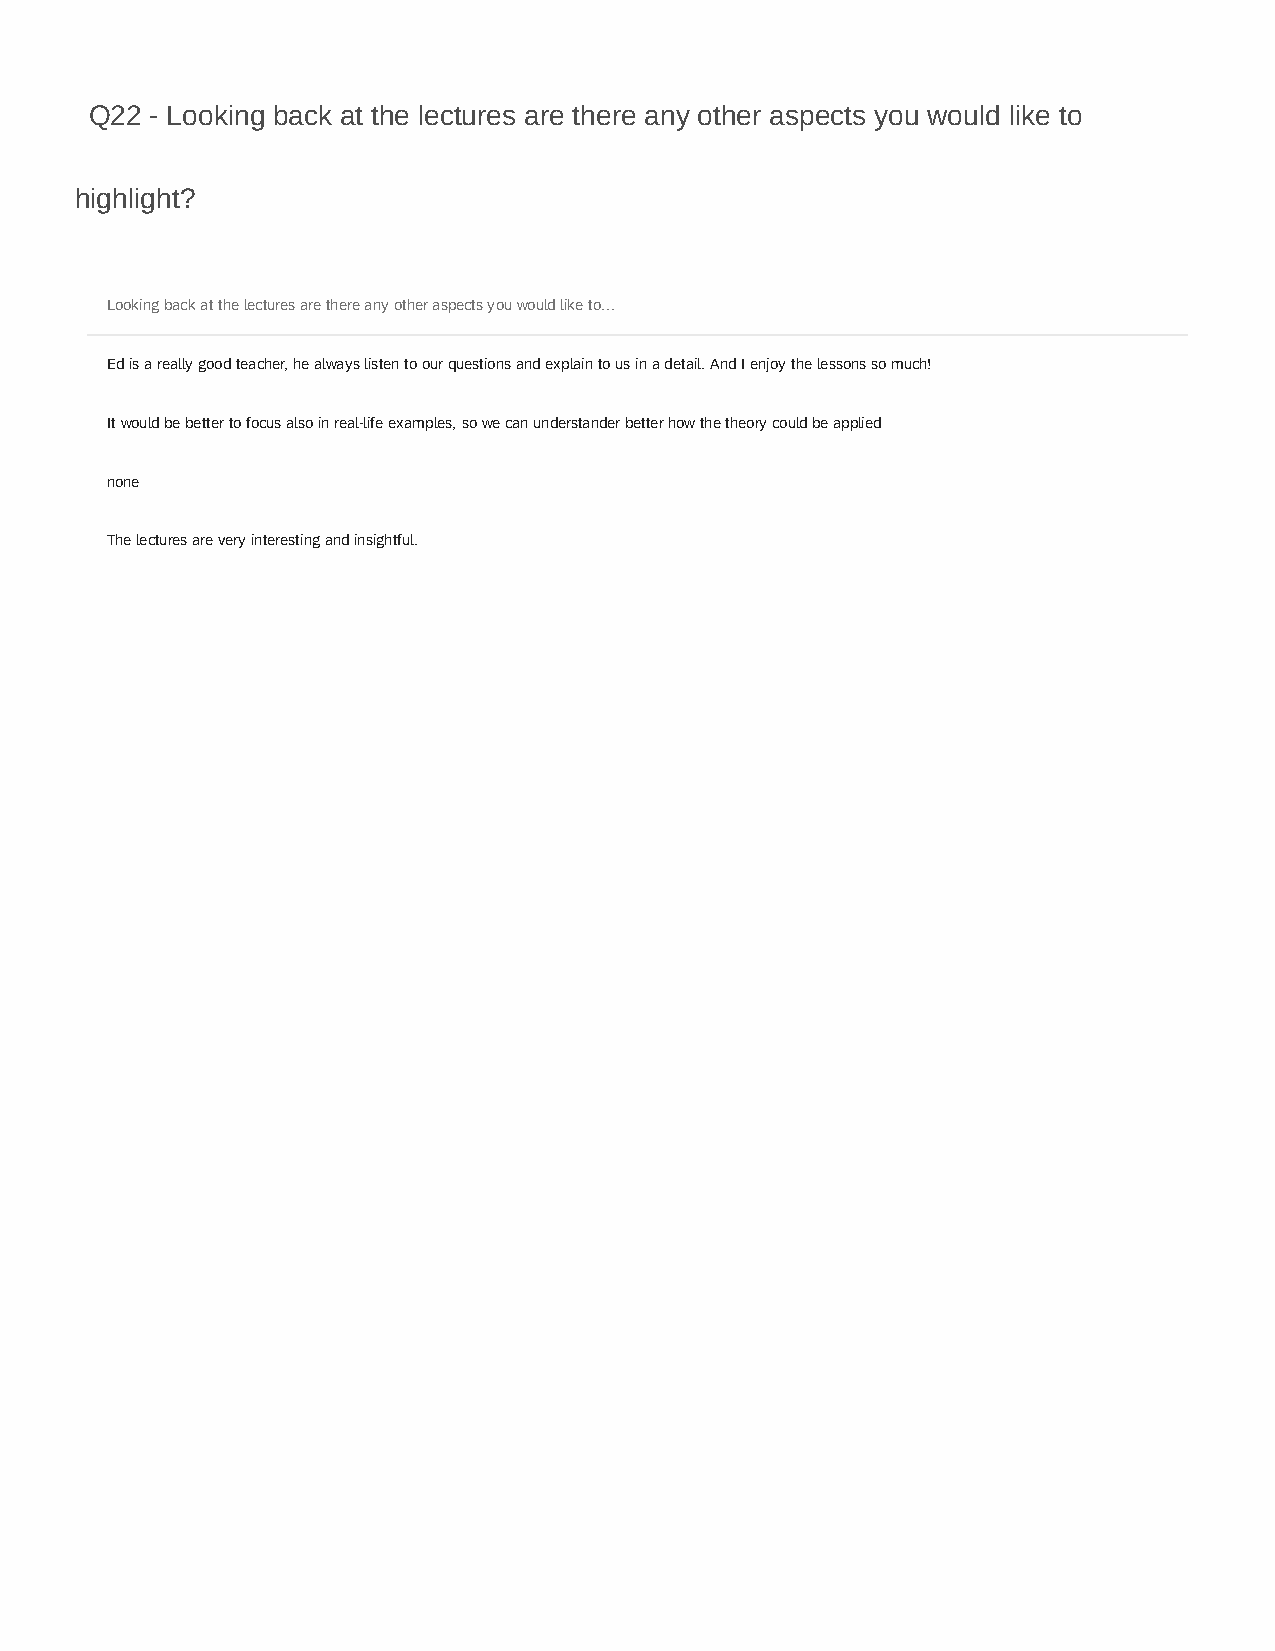
Q22 - Looking back at the lectures are there any other aspects you would like to
 highlight?
 Looking back at the lectures are there any other aspects you would like to...
 Ed is a really good teacher, he always listen to our questions and explain to us in a detail. And I enjoy the lessons so much!
 It would be better to focus also in real-life examples, so we can understander better how the theory could be applied
 none
 The lectures are very interesting and insightful.